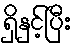
ရှိနှင့်ပြီး